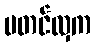
မတင်လှက